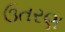
ઉતરણ